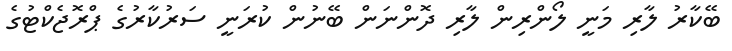
ބޭކާރު ލާރި މަނީ ލޯންރިން ލާރި ދޮންނަން ބޭނުން ކުރަނީ ސަރުކާރުގެ ޕްރޮޖެކްޓުގެ